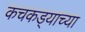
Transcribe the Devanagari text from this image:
कचकड्याच्या